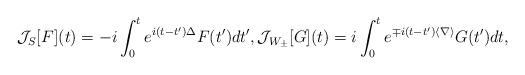
LaTeX: \begin{align*}\mathcal{J}_S[F](t) = -i \int_0^t e^{i(t-t')\Delta}F(t') d t', \mathcal{J}_{W_{\pm}}[G](t) = i \int_0^t e^{\mp i(t-t')\langle \nabla \rangle} G(t') d t,\end{align*}